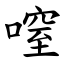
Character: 㗧